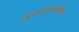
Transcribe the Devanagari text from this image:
खुल्फ़ाएराशिदीन